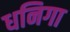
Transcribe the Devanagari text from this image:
धनिगा